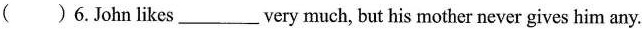
( )6.John likes ___ very much, but his mother never gives him any.